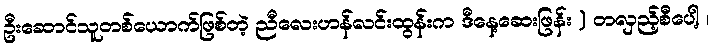
ဦးဆောင်သူတစ်ယောက်ဖြစ်တဲ့ ညီလေးဟန်လင်းထွန်းက ဒီနေ့ဆေးဖြန်း ) တလှည့်စီပေါ့ ၊